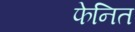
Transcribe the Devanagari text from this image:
फेनित